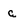
Character: g